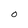
Character: O